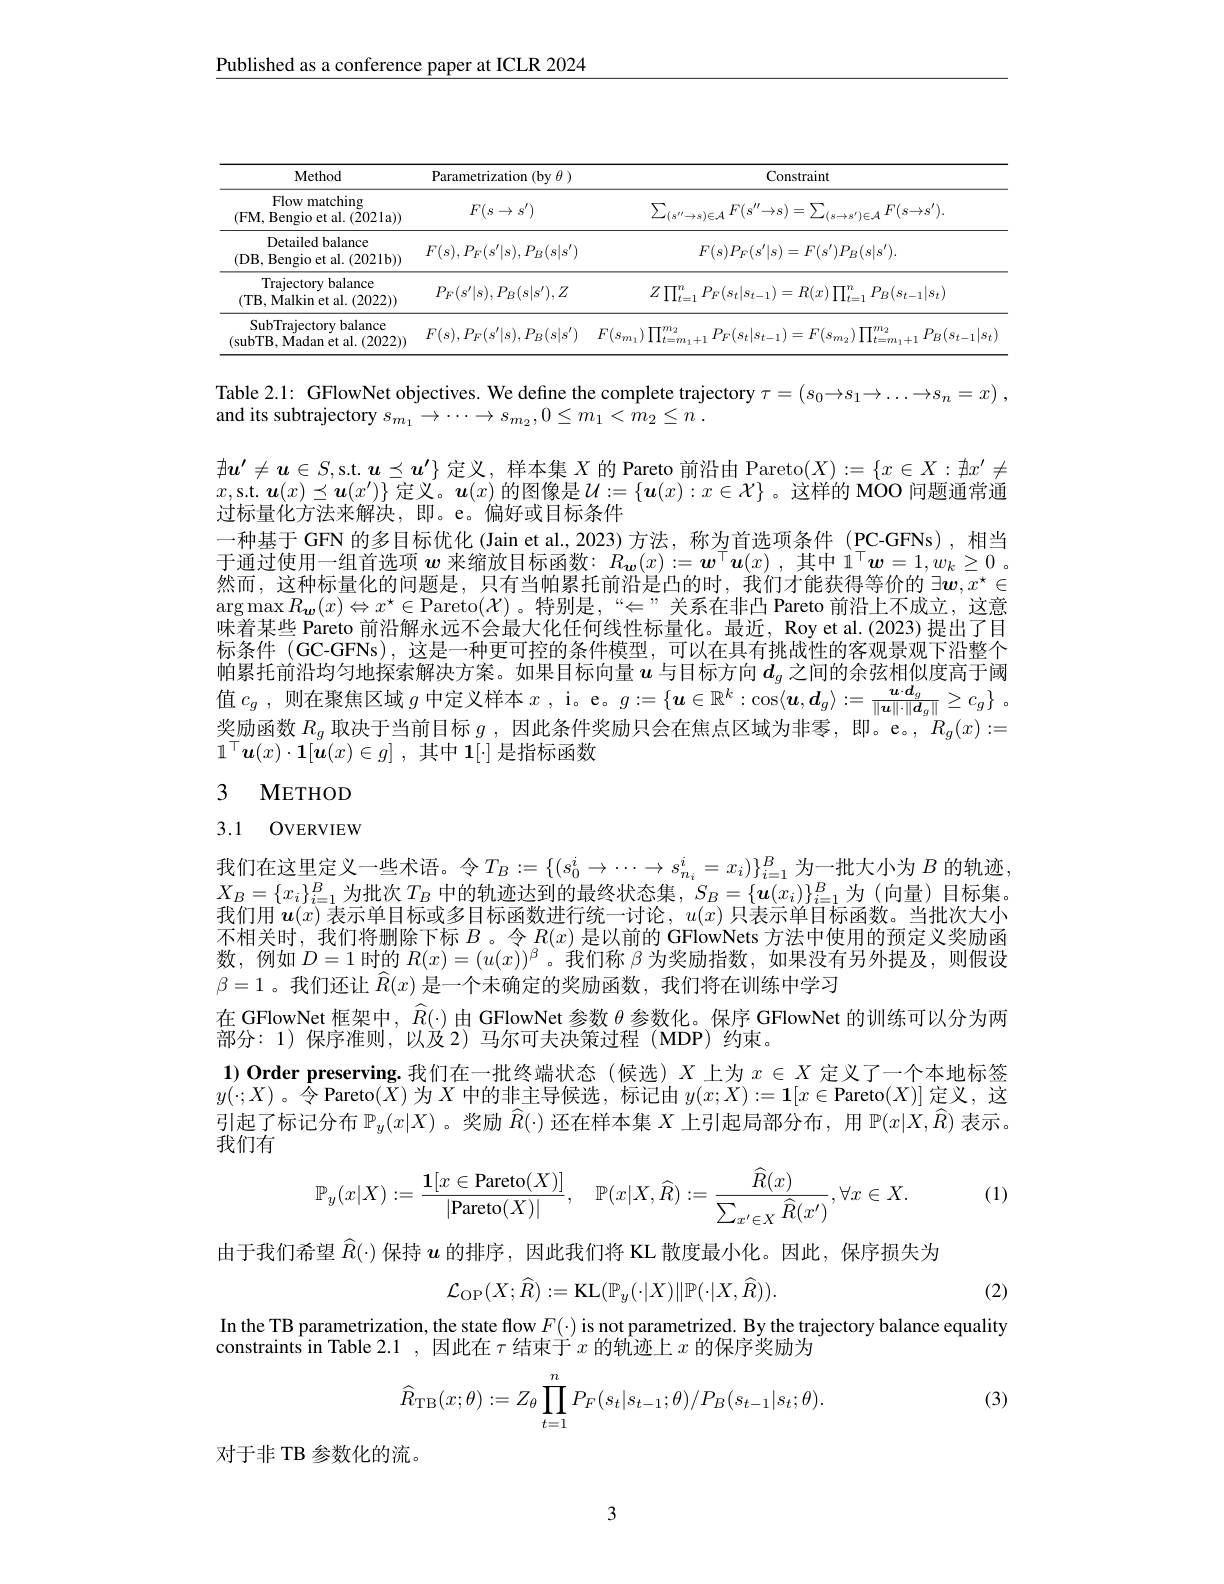
$\underline{\text{Published as a conference paper at ICLR 2024}}$

<table>
	<tbody>
		<tr>
			<th>Method</th>
			<th>Parametrization (by $\theta$ )</th>
			<th>Constraint</th>
		</tr>
		<tr>
			<td>Flow matching (FM, Bengio et al.(2021a))</td>
			<td>$F(s\rightarrow s^{\prime})$</td>
			<td>$\sum_{(s^{\prime\prime}\to s)\in\mathcal{A}}F(s^{\prime\prime}\to s)=\sum_{(s\to s^{\prime})\in\mathcal{A}}F(s\to s^{\prime}).$</td>
		</tr>
		<tr>
			<td>Detailed balance (DB, Bengio et al.$(2021b))$</td>
			<td>$F(s),P_{F}(s^{\prime}|s),P_{B}(s|s^{\prime})$</td>
			<td>$F(s)P_{F}(s^{\prime}|s)=F(s^{\prime})P_{B}(s|s^{\prime}).$</td>
		</tr>
		<tr>
			<td>Trajectory balance (TB, Malkin et al. (2022))</td>
			<td>$P_{F}(s^{\prime}|s),P_{B}(s|s^{\prime}),Z$</td>
			<td>$Z\prod_{t=1}^{n}P_{F}(s_{t}|s_{t-1})=R(x)\prod_{t=1}^{n}P_{B}(s_{t-1}|s_{t})$</td>
		</tr>
		<tr>
			<td>SubTrajectory balance (subTB, Madan et al. (2022))</td>
			<td>$F(s),P_{F}(s^{\prime}|s),P_{B}(s|s^{\prime})$</td>
			<td>$F(s_{m_1})\prod_{t=m_1+1}^{m_2}P_F(s_t|s_{t-1})=F(s_{m_2})\prod_{t=m}^{m_2}$ ${}_{=m_{1}+1}^{m_{2}}P_{B}(s_{t-1}|s_{t})$</td>
		</tr>
	</tbody>
</table>

Table 2.1: GFlowNet objectives. We define the complete trajectory $\tau=\left(s_0\to s_1\to\ldots\to s_n=x\right)$,
and its subtrajectory $s_{m_1}\to \cdots \to s_{m_2}, 0\leq m_1< \bar{m} _2\leq n$ .

$\nexists\boldsymbol{u}^{\prime}\neq\boldsymbol{u}\in S$,s.t. $\boldsymbol{u}\preceq\boldsymbol{u}^{\prime}\}$定义，样本集$X$的 Pareto 前沿由 Pareto$(X):=\{x\in X:\nexists x^{\prime}\not=$ $x$,s.t.$\boldsymbol{u}(x)\preceq\boldsymbol{u}(x^{\prime})\}$ 定义。$\boldsymbol{u}(x)$ 的图像是$\mathcal{U}:=\{\boldsymbol{u}(x):x\in\mathcal{X}\}$ 。这样的 MOO 问题通常通过标量化方法来解决，即。e。偏好或目标条件
一种基于 GFN 的多目标优化 (Jain et al., 2023)方法，称为首选项条件 (PC-GFNs),相当于通过使用一组首选项$w$来缩放目标函数：$R_{\boldsymbol{w}}(x):=\boldsymbol{w}^\top\boldsymbol{u}(x)$,其中$1^\top\boldsymbol{w}=1,w_k\geq0$ 。然而，这种标量化的问题是，只有当帕累托前沿是凸的时，我们才能获得等价的$\exists\boldsymbol{w},x^\star\in$ $\arg\max R_{\boldsymbol{w}}(x)\Leftrightarrow x^{\star}\in$Pareto$(\mathcal{X})$。特别是，“$\Leftarrow”$关系在非凸 Pareto 前沿上不成立，这意味着某些 Pareto 前沿解永远不会最大化任何线性标量化。最近，Roy et al.(2023) 提出了目标条件 (GC-GFNs), 这是一种更可控的条件模型，可以在具有挑战性的客观景观下沿整个帕累托前沿均匀地探索解决方案。如果目标向量$u$与目标方向$d_g$之间的余弦相似度高于阈值$c_g$,则在聚焦区域$g$中定义样本$x$, i。e。$g:=\{\boldsymbol{u}\in\mathbb{R}^k:\cos\langle\boldsymbol{u},\boldsymbol{d}_g\rangle:=\frac{\boldsymbol{u}\cdot\boldsymbol{d}_g}{\|\boldsymbol{u}\|\cdot\|\boldsymbol{d}_q\|}\geq c_g\}$ 奖励函数$R_g$取决于当前目标$g$ ,因此条件奖励只会在焦点区域为非零，即。e。, $R_g(x):=$
$1^\top \boldsymbol{u}( x) \cdot \mathbf{1} [ \bar{\boldsymbol{u}} ( x) \in g]$ ,其中$1[\cdot]$是指标函数

3 METHOD

# 3.1 OVERVIEW

我们在这里定义一些术语。令$T_B:=\{(s_0^i\to\cdots\to s_{n_i}^i=x_i)\}_{i=1}^B$为一批大小为 $B$ 的轨迹$X_B=\{x_i\}_{i=1}^B$为批次$T_B$中的轨迹达到的最终状态集$,S_B=\{\boldsymbol{u}(x_i)\}_{i=1}^B$为(向量)目标集。我们用$\boldsymbol{u}(x)$表示单目标或多目标函数进行统一讨论，$u(x)$ 只表示单目标函数。当批次大小不相关时，我们将删除下标$B$ 。令$R(x)$是以前的 GFlowNets 方法中使用的预定义奖励函数，例如$D=1$时的$R(x)=(u(x))^\beta$ 。我们称$\beta$为奖励指数，如果没有另外提及，则假设$\beta=1$。我们还让$\hat{R}(x)$是一个未确定的奖励函数，我们将在训练中学习
在 GFlowNet 框架中，$\widehat{R}(\cdot)$由 GFlowNet 参数$\theta$参数化。保序 GFlowNet 的训练可以分为两
$\bar{\text{部分：1)保序准则，以及2)马尔可夫决策过程(MDP)约束。}}$
1) Order preserving.我们在一批终端状态(候选)$X$上为$x\in X$定义了一个本地标签$y(\cdot;X)$。令 Pareto$(X)$为$X$中的非主导候选，标记由$y(x;X):=\mathbf{1}[x\in$Pareto$(X)]$定义，这引起了标记分布$\mathbb{P}_y(x|X)$ 。奖励$\widehat{R}(\cdot)$还在样本集$X$上引起局部分布，用$\mathbb{P}(x|X,\hat{R})$表示。我们有

(1)
$$\mathbb{P}_y(x|X):=\frac{\mathbf{1}[x\in\text{Pareto}(X)]}{|\text{Pareto}(X)|},\quad\mathbb{P}(x|X,\widehat{R}):=\frac{\widehat{R}(x)}{\sum_{x'\in X}\widehat{R}(x')},\forall x\in X.$$
(2)

由于我们希望$\widehat{R}(\cdot)$保持$u$的排序，因此我们将 KL 散度最小化。因此，保序损失为
$$\mathcal{L}_{\mathrm{OP}}(X;\widehat{R}):=\mathrm{KL}(\mathbb{P}_{y}(\cdot|X)\|\mathbb{P}(\cdot|X,\widehat{R})).$$
In the TB parametrization, the state flow $F(\cdot)$ is not parametrized. By the trajectory balance equality
constraints in Table 2.1 ,因此在$\tau$结束于$\hat{x}$ 的 轨 迹 上  $x$的保序奖励为
$$\widehat{R}_{\mathrm{TB}}(x;\theta):=Z_\theta\prod_{t=1}^nP_F(s_t|s_{t-1};\theta)/P_B(s_{t-1}|s_t;\theta).$$
(3)

对于非 TB 参数化的流。

3